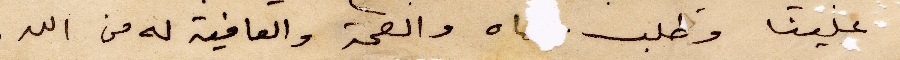
والدتي علينا وطلب والصحة الوعافية له من الله